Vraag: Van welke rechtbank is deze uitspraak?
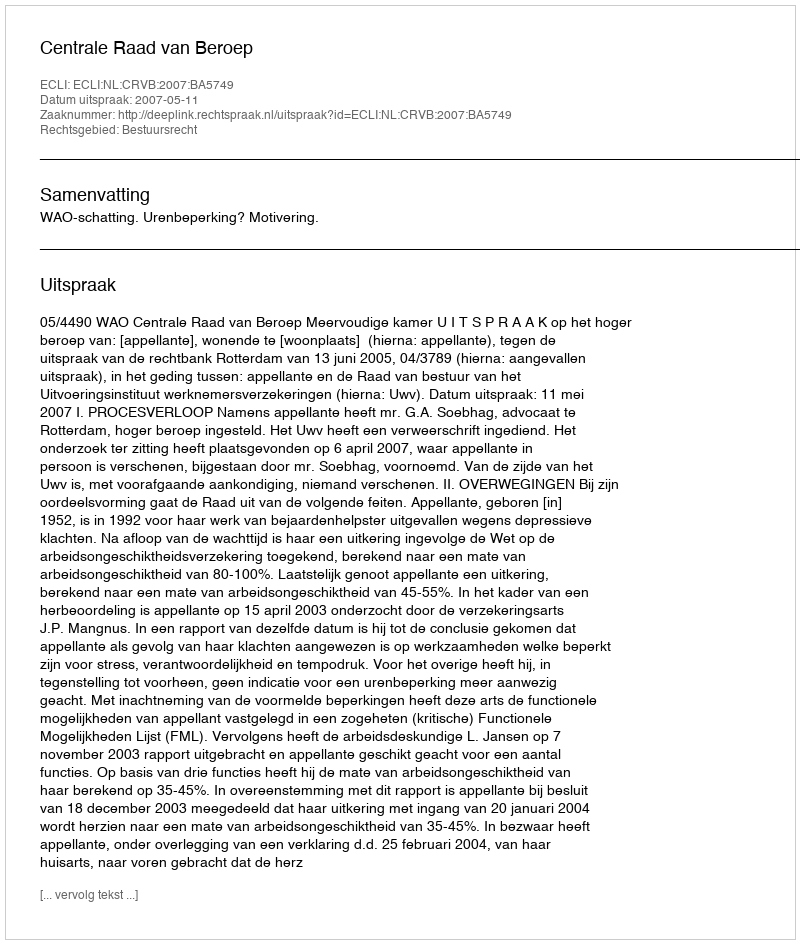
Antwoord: Centrale Raad van Beroep